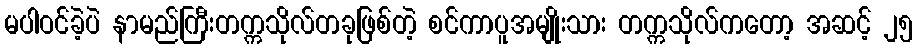
မပါဝင်ခဲ့ပဲ နာမည်ကြီးတက္ကသိုလ်တခုဖြစ်တဲ့ စင်ကာပူအမျိုးသား တက္ကသိုလ်ကတော့ အဆင့် ၂၅